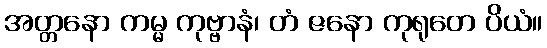
အတ္တနော ကမ္မ ကုဗ္ဗာနံ၊ တံ ဇနော ကုရုတေ ပိယံ။